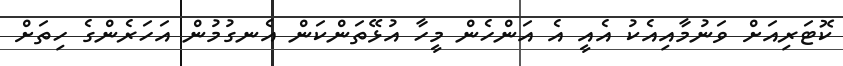
ކޮޓަރިއަށް ވަނުމާއިއެކު އެއީ އެ އަންހެން މީހާ އުޅޭތަންކަން އެނގުމުން އަހަރެންގެ ހިތަށް